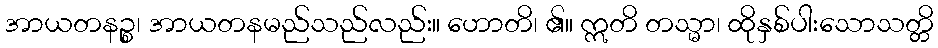
အာယတနဉ္စ၊ အာယတနမည်သည်လည်း။ ဟောတိ၊ ၏။ ဣတိ တသ္မာ၊ ထိုနှစ်ပါးသောသတ္တိ